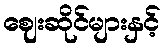
ဈေးဆိုင်များနှင့်